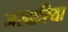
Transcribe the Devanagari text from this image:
जरवारिया